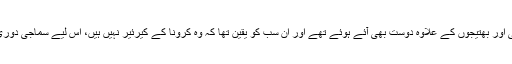
یہاں محمود الرحمٰن کے بھائی اور بھتیجوں کے علاوہ دوست بھی آئے ہوئے تھے اور ان سب کو یقین تھا کہ وہ کرونا کے کیرئیر نہیں ہیں، اس لیے سماجی دوری کا خیال نہیں کیا جا رہا تھا۔